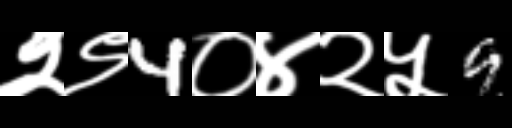
Text: २९4०४२५9